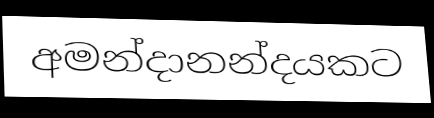
අමන්දානන්දයකට